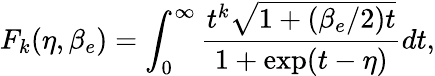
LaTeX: F_{k}(\eta,\beta_{e})=\int_{0}^{\infty}\frac{t^{k}\sqrt{1+(\beta_{e}/2)t}}{1+\exp({t-\eta})}dt,